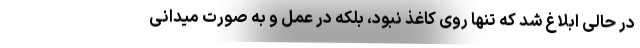
در حالی ابلاغ شد که تنها روی کاغذ نبود، بلکه در عمل و به صورت میدانی